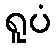
ရူပံ